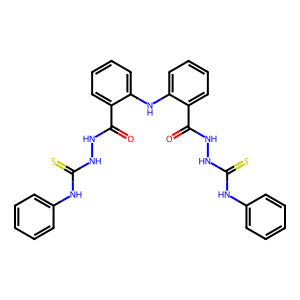
SMILES: O=C(NNC(=S)Nc1ccccc1)c1ccccc1Nc1ccccc1C(=O)NNC(=S)Nc1ccccc1
Inhibits HIV replication: Yes